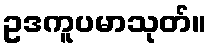
ဥဒကူပမာသုတ်။